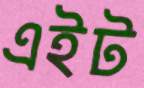
এইট